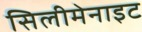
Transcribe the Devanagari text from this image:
सिलीमेनाइट